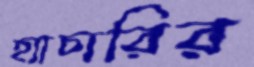
হ্যাচারির